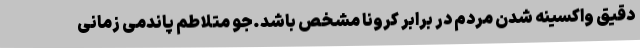
دقیق واکسینه شدن مردم در برابر کرونا مشخص باشد.جو متلاطم پاندمی زمانی